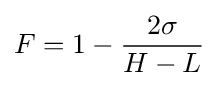
F=1-{\frac {2\sigma }{H-L}}